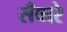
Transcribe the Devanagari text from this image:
सँवारे